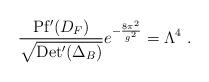
LaTeX: \begin{align*}\frac{{\rm Pf'}(D_F)}{\sqrt{{\rm Det'}(\Delta_B)}}e^{-\frac{8\pi^2}{g^2}} = \Lambda^4 ~.\end{align*}